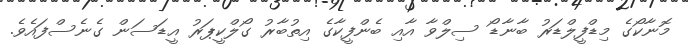
މޮނާކޯގެ މިޑްފީލްޑަރު ބާނާޑޯ ސިލްވާ އާއި ބެންފީކާގެ އިތުބާރު ގޯލްކީޕަރު އީޑަސަން ގެނެސްފައެވެ.